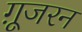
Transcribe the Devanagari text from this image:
ग़ूजरन